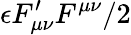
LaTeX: \epsilon F_{\mu\nu}^{\prime}F^{\mu\nu}/2